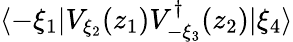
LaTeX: \langle-\xi_{1}|V_{\xi_{2}}(z_{1})V_{-\xi_{3}}^{\dagger}(z_{2})|\xi_{4}\rangle